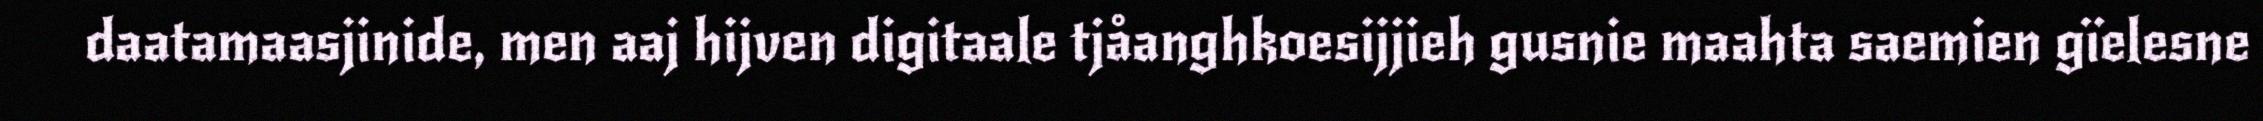
daatamaasjinide, men aaj hijven digitaale tjåanghkoesijjieh gusnie maahta saemien gïelesne